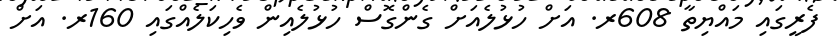
ފެރީގައި މައްޔިތާ 608ރ. އަށް ހުޅުލެއަށް ގެންގޮސް ހުޅުލެއިން ވެހިކަލެއްގައި 160ރ. އަށް